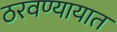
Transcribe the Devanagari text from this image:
ठरवण्यायात